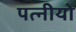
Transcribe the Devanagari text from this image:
पत्नीयो